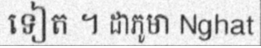
ទៀត ។ ដាភូមា Nghat